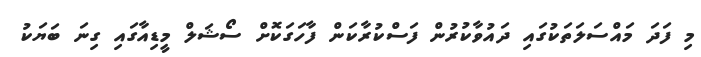
މި ފަދަ މައްސަލަތަކުގައި ދައުވާކުރުން ފަސްކުރާކަން ފާހަގަކޮށް ސޯޝަލް މީޑިއާގައި ގިނަ ބަޔަކު